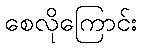
စေလိုကြောင်း